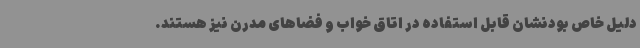
دلیل خاص بودنشان قابل استفاده در اتاق خواب و فضاهای مدرن نیز هستند.